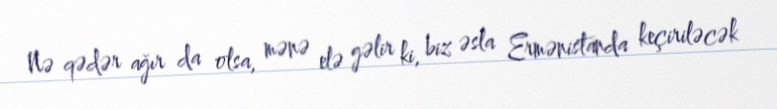
Nə qədər ağır da olsa, mənə elə gəlir ki, biz əsla Ermənistanda keçiriləcək